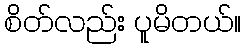
စိတ်လည်း ပူမိတယ်။